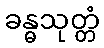
ခန္ဓသုတ္တံ